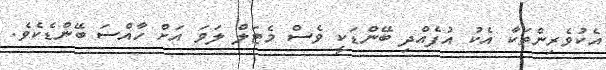
އެކުވެރިންތަކާ އެކު އުފެއްދި ބޭންޑަކީ ވެސް މެޓަލް ލަވަ އަށް ހާއްސަ ބޭންޑެކެވެ.